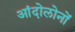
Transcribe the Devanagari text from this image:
आंदोलोनों